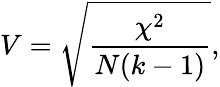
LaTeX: V={\sqrt{\frac{\chi^{2}}{N(k-1)}}},